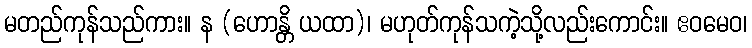
မတည်ကုန်သည်ကား။ န (ဟောန္တိ ယထာ)၊ မဟုတ်ကုန်သကဲ့သို့လည်းကောင်း။ ဧဝမေဝ၊